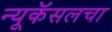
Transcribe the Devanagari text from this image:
न्यूकॅसलचा